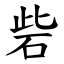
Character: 砦